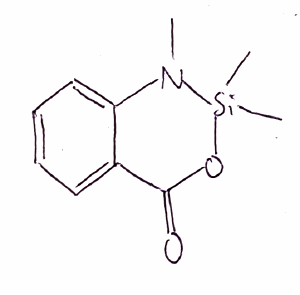
Simplified molecular-input line-entry system (SMILES) notation of the given molecule:
CN1C2=CC=CC=C2C(=O)O[Si]1(C)C